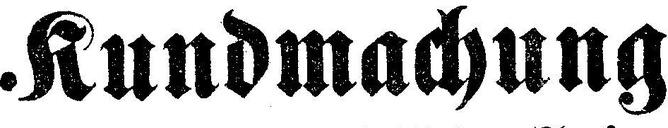
Kundmachung